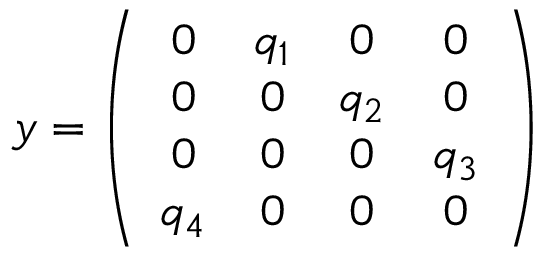
y = \left( \begin{array} { c c c c } { { 0 } } & { { q _ { 1 } } } & { { 0 } } & { { 0 } } \\ { { 0 } } & { { 0 } } & { { q _ { 2 } } } & { { 0 } } \\ { { 0 } } & { { 0 } } & { { 0 } } & { { q _ { 3 } } } \\ { { q _ { 4 } } } & { { 0 } } & { { 0 } } & { { 0 } } \end{array} \right)